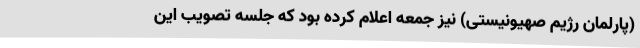
(پارلمان رژیم صهیونیستی) نیز جمعه اعلام کرده بود که جلسه تصویب این